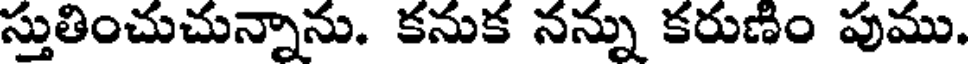
స్తుతించుచున్నాను. కనుక నన్ను కరుణిం పుము.